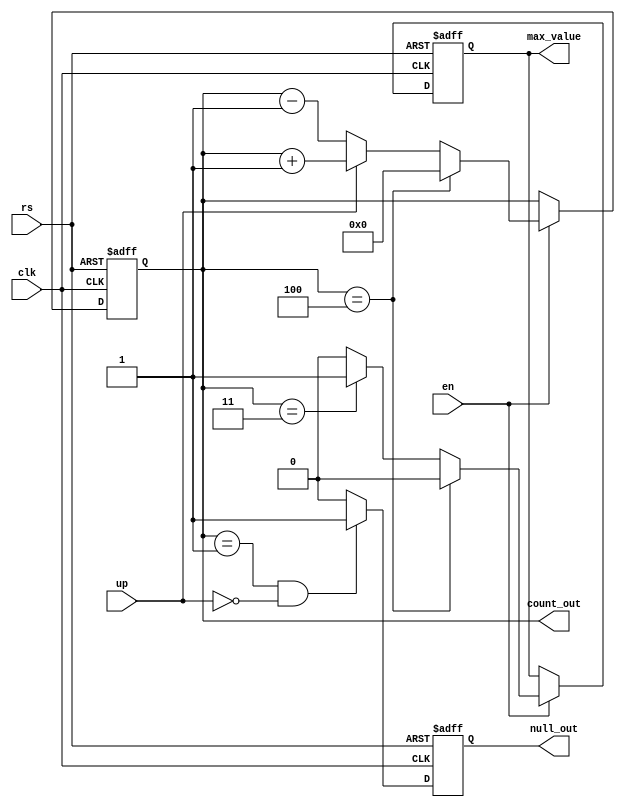
`timescale 1ns / 1ps
//paramerized counter
module ud_counter
#(parameter WIDTH = 7, FIRST_VALUE = 0, END_VALUE = 4, LEFT = 1)
    (input clk, en, rs, up,
     output [WIDTH-1:0] count_out,
     output reg max_value,   
     output reg null_out     
    );

reg [WIDTH-1:0] count = FIRST_VALUE;

assign count_out = count;
  
always @(posedge clk or posedge rs)
begin
        if (rs)
            begin
                count <= 0;
                max_value <= 0;
            end    
        else if (en)
            begin
                if (count == END_VALUE)
                    begin
                        count <= 0;   
                        max_value <= 0;                 
                    end
                    
                else if (count == END_VALUE - LEFT)
                    begin
                        if(up)
                            begin
                                count <= count + 1;
                                max_value <= 1;
                            end
                        else
                            begin
                                count <= count - 1;
                                max_value <= 1;
                            end    
                    end    
                else
                    begin
                        if(up)
                            begin
                                count <= count + 1;
                                max_value <= 0;
                            end
                        else
                            begin
                                count <= count - 1;
                                max_value <= 0;
                            end   
                    end
            end    
end        
always @(posedge clk or posedge rs)
     if (rs)
            begin
                null_out <= 0;                
            end   
    
    else
        begin
            if (count == 1 & (~up))
                null_out = 1;
            else
                null_out = 0;    
        end       
endmodule